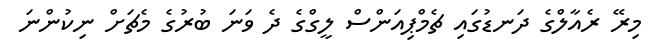
މިރޭ ރެއާލްގެ ދަނޑުގައި ޗެމްޕިއަންސް ލީގްގެ ދެ ވަނަ ބުރުގެ މެޗަށް ނިކުންނަ